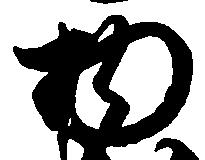
物